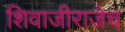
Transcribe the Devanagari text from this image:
शिवाजीराजेच